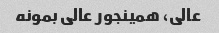
عالى، همینجور عالى بمونه